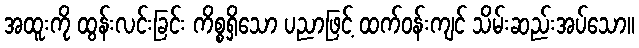
အထူးကို ထွန်းလင်းခြင်း ကိစ္စရှိသော ပညာဖြင့် ထက်ဝန်းကျင် သိမ်းဆည်းအပ်သော။